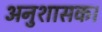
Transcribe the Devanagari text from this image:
अनुशासक।